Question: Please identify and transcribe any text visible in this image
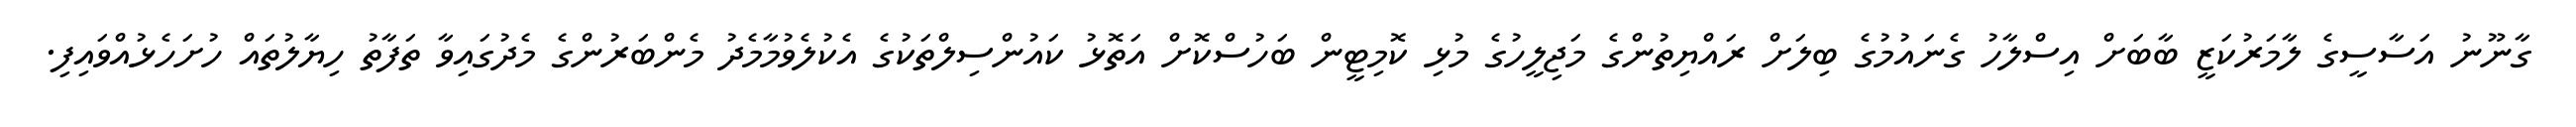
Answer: ގާނޫނު އަސާސީގެ ލާމަރުކަޒީ ބާބަށް އިސްލާހު ގެނައުމުގެ ބިލަށް ރައްޔިތުންގެ މަޖިލީހުގެ މުޅި ކޮމިޓީން ބަހުސްކޮށް އަތޮޅު ކައުންސިލްތަކުގެ އެކުލެވުމާމެދު މެންބަރުންގެ މެދުގައިވާ ތަފާތު ހިޔާލުތައް ހުށަހެޅުއްވައިފި.